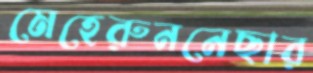
মেহেরুননেছার